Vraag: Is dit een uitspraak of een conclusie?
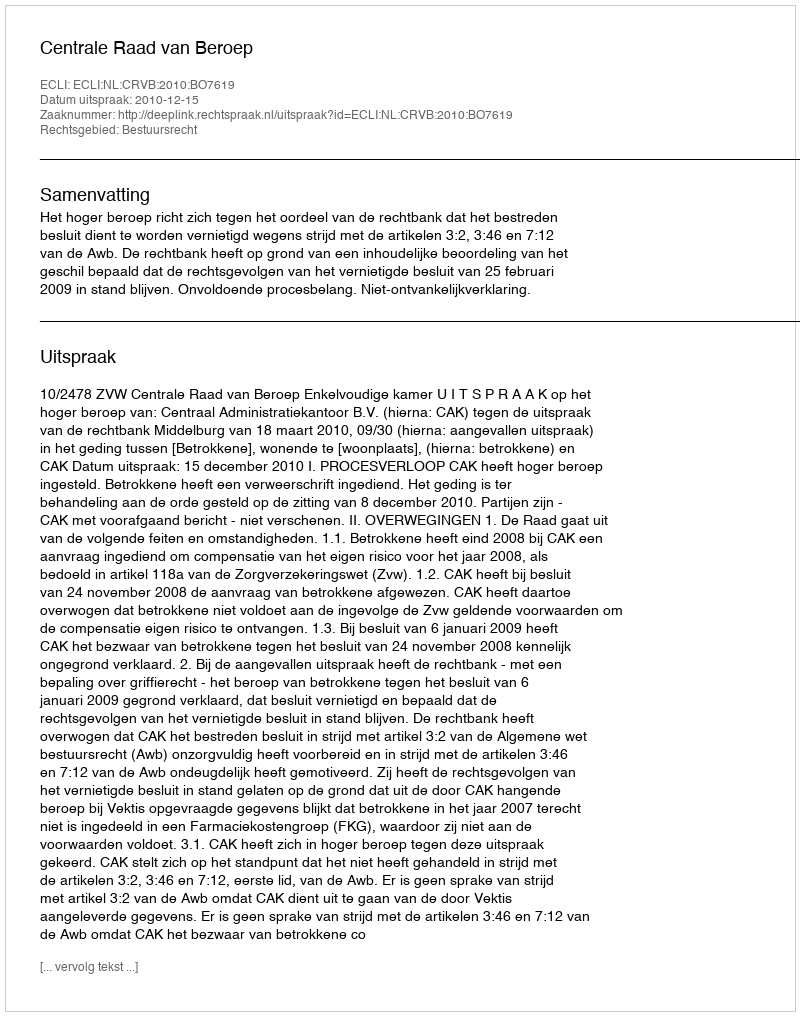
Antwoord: Uitspraak